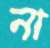
না